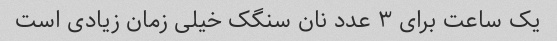
یک ساعت برای ۳ عدد نان سنگک خیلی زمان زیادی است